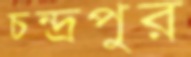
চন্দ্রপুর